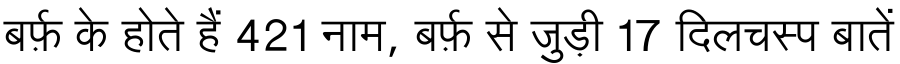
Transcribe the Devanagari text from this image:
बर्फ़ के होते हैं 421 नाम, बर्फ़ से जुड़ी 17 दिलचस्प बातें